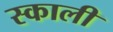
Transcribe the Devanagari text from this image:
स्काली